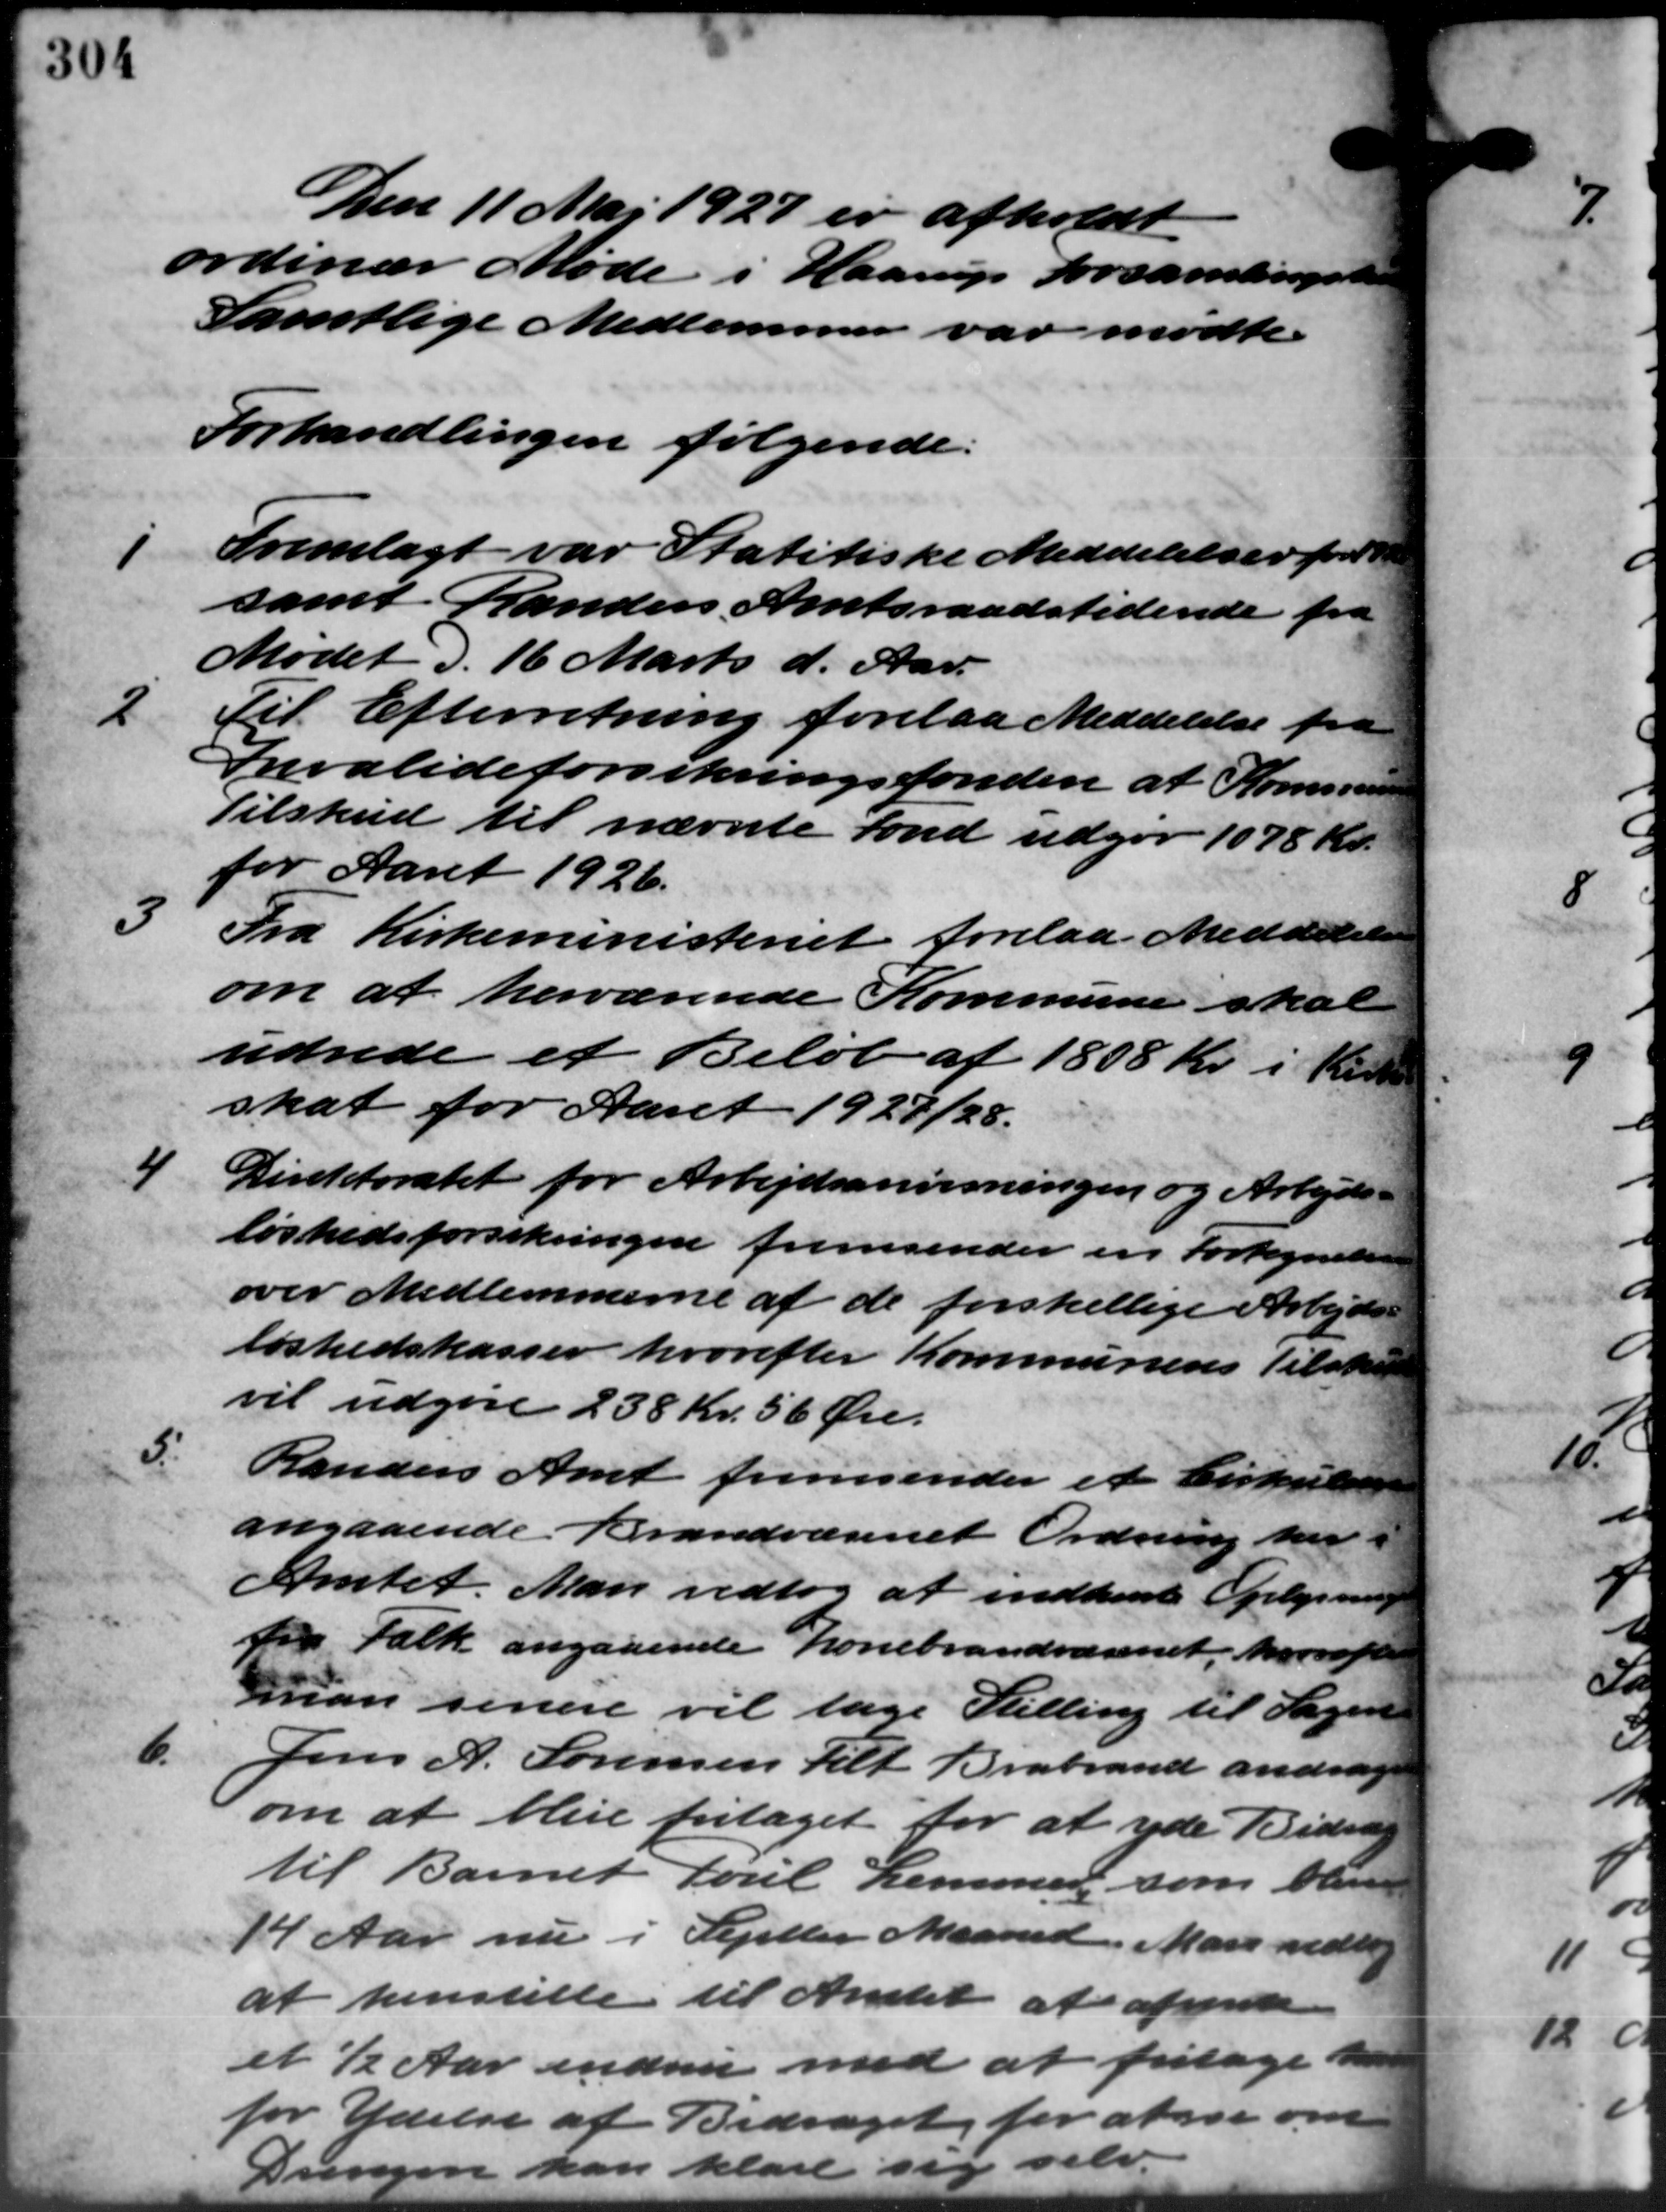
Transskription:
Den 11 Maj 1927 er afholdt
ordinær Møde i Haarup Forsamlingshus
Samtlige Medlemmer var mødte.
Forhandlingen følgende:

Fremlagt var Statitiske Meddelelser for
samt Randers Amtsraadstidende fra
Mødet d. 16 Marts d. Aar.
2
Til Efterretning forelaa Meddelelse fra
Invalideforsikringsfonden at Kommunen
Tilskud til nævnte fond udgør 1078 Kr.
for Aaret 1926.

Fra Kirkeministeriet forelaa Meddelelse
om at herværende Kommune skal
udrede et Beløb af 1808 Kr. i Kir
skat for Aaret 1927/28.
4
Direktoratet for Arbejdsanvisningen og Arbejds –
løshedsforsikringen fremsender en Fortegnelsen
over Medlemmerne af de forskellige Arbejds-
løshedskasser hvorefter Kommunens Tilskud
vil udgøre 238 Kr. 56 Øre.
5.
Randers Amt fremsender et Cirkulære
angaaende Brandvæsenet Ordning her
Amtet. Man vedtog at indhente Oplysning
fra Falk angaaende Lonebrandvæsenet, hvorefter
man senere vil tage Stilling til Sagen
6.
Jens A. Sørensen tilt Brabrand andrager
om at blive fritaget for at yde Bidrag
til Barnet Poul Lemmer som bliver
14 Aar nu i Sejeller Maaned. Man vedtog
at henstille til Amtet at afsende
et ½ Aar endnu med at fritage han
for Ydelse af Bidraget for at se om
Drengen kan klare sig selv.

7.